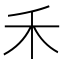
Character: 禾